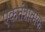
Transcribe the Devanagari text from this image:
एकतंत्रात्मक